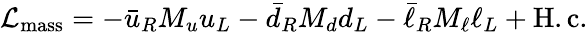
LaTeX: \mathcal{L}_{\mathrm{mass}}=-\bar{u}_{R}M_{u}u_{L}-\bar{d}_{R}M_{d}d_{L}-\bar{\ell}_{R}M_{\ell}\ell_{L}+\mathrm{H.c.}